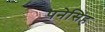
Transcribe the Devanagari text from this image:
पनेसिंह